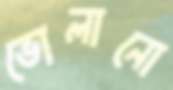
ভোলানো